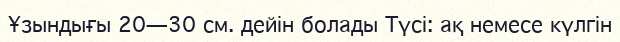
Ұзындығы 20—30 см. дейін болады Түсі: ақ немесе күлгін